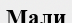
Мали